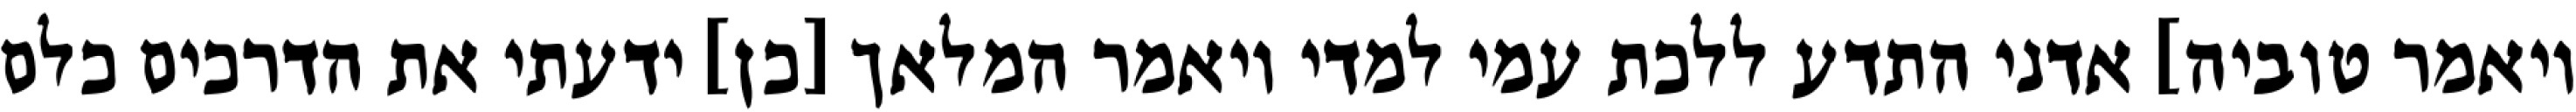
ויאמר טוביה] אדני התדע ללכת עמי למדי ויאמר המלאך [כן] ידעתי את הדרכים כלם